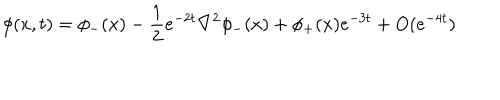
LaTeX: \phi ( x , t ) = \phi _ { - } ( x ) - \frac { 1 } { 2 } e ^ { - 2 t } \nabla ^ { 2 } \phi _ { - } ( x ) + \phi _ { + } ( x ) e ^ { - 3 t } + O ( e ^ { - 4 t } )